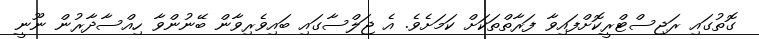
ގޮތުގައި ރަޖިސްޓްރީކޮށްފައިވާ ފަރާތްތަކަށް ކަމަށެވެ. އެ ޖަލްސާގައި ބައިވެރިވާން ބޭނުންވާ ހިއްސާދާރުން ނޫނީ